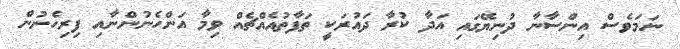
ނަމަވެސް އިންސާނާ ދުނިޔޭގައި އަދާ ކުރާ ދައުރަކީ ތަފާތުއެއްޗެއް ވިމާ އަންހެނުންނާއި ފިރިހެނުން